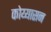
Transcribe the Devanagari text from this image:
कोय्यासन